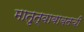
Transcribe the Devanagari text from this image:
मातृत्वाबाबतची